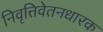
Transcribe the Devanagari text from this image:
निवृत्तिवेतनधारक